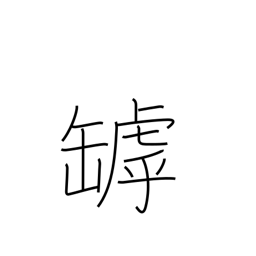
Meaning: crack